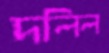
দলিল